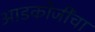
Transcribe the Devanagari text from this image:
आडकोजींचा